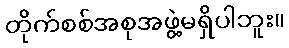
တိုက်စစ်အစုအဖွဲ့မရှိပါဘူး။